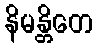
နိမန္တိတေ